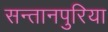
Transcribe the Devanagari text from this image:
सन्तानपुरिया